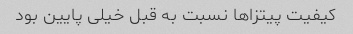
کیفیت پیتزاها نسبت به قبل خیلی پایین بود